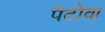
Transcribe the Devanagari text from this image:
पेटोवा